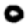
Digit: 0